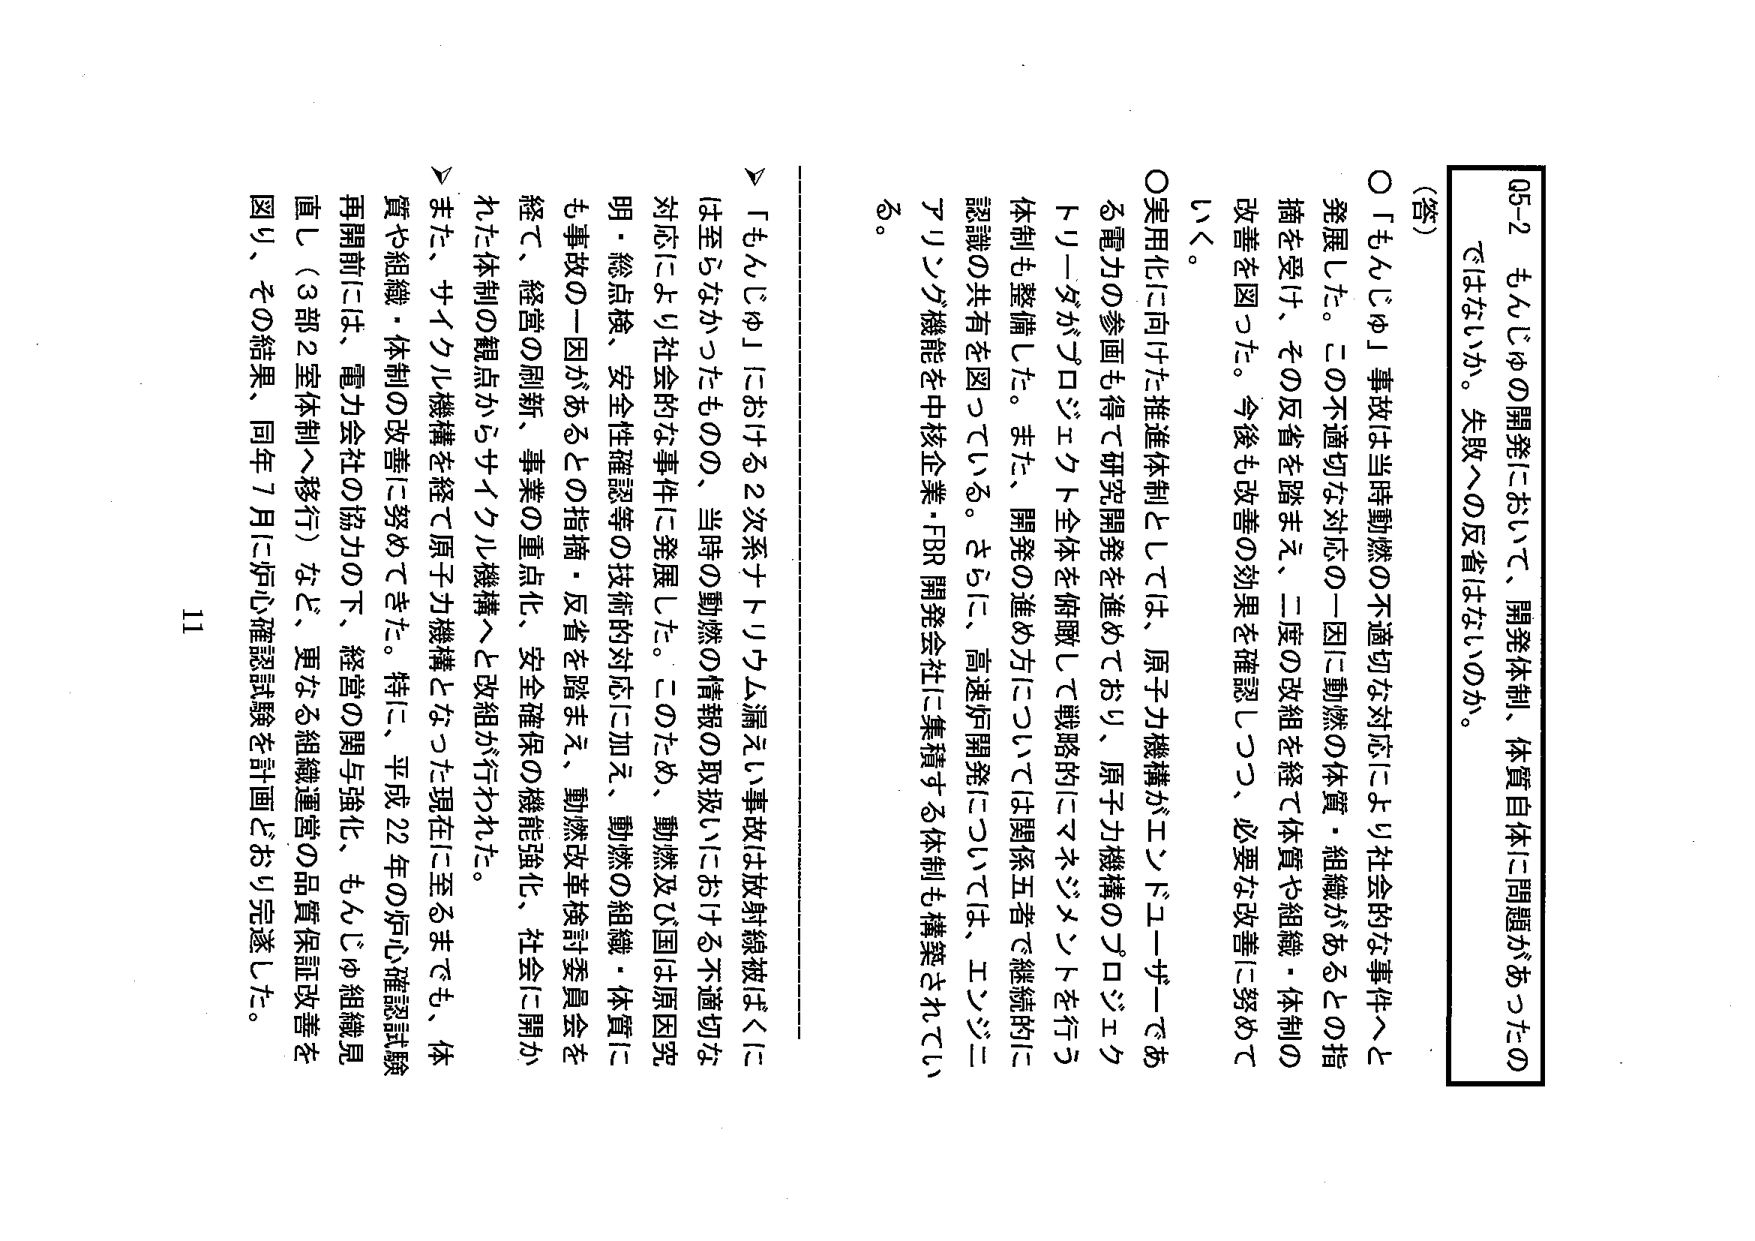
05-2 もんじゅの開発において、開発体制、体質自体に問題があったの
ではないか。失敗への反省はないのか。

（答）
○「もんじゅ」事故は当時動燃の不適切な対応により社会的な事件へと
発展した。この不適切な対応の一因に動燃の体質・組織があるとの指
摘を受け、その反省を踏まえ、二度の改組を経て体質や組織・体制の
改善を図った。今後も改善の効果を確認しつつ、必要な改善に努めて
いく。

○実用化に向けた推進体制としては、原子力機構がエンドユーザーであ
る電力の参画も得て研究開発を進めており、原子力機構のプロジェクト
リーダがプロジェクト全体を俯瞰して戦略的にマネジメントを行う
体制も整備した。また、開発の進め方については関係五者で継続的に
認識の共有を図っている。さらに、高速炉開発については、エンジニ
アリング機能を中核企業・FBR開発会社に集積する体制も構築されてい
る。

▽「もんじゅ」における2次系ナトリウム漏えい事故は放射線被ばくに
は至らなかったものの、当時の動燃の情報の取扱いにおける不適切な
対応により社会的な事件に発展した。このため、動燃及び国は原因究
明・総点検、安全性確認等の技術的対応に加え、動燃の組織・体質に
も事故の一因があるとの指摘・反省を踏まえ、動燃改革検討委員会を
経て、経営の刷新、事業の重点化、安全確保の機能強化、社会に開か
れた体制の観点からサイクル機構へと改組が行われた。

▽また、サイクル機構を経て原子力機構となった現在に至るまでも、体
質や組織・体制の改善に努めてきた。特に、平成22年の炉心確認試験
再開前には、電力会社の協力の下、経営の関与強化、もんじゅ組織見
直し（3部2室体制へ移行）など、更なる組織運営の品質保証改善を
図り、その結果、同年7月に炉心確認試験を計画どおり完遂した。

11